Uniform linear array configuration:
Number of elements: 48
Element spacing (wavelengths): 0.5
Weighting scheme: exponential
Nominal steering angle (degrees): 0
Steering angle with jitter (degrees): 0.1719
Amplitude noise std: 0.05
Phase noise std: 0.05

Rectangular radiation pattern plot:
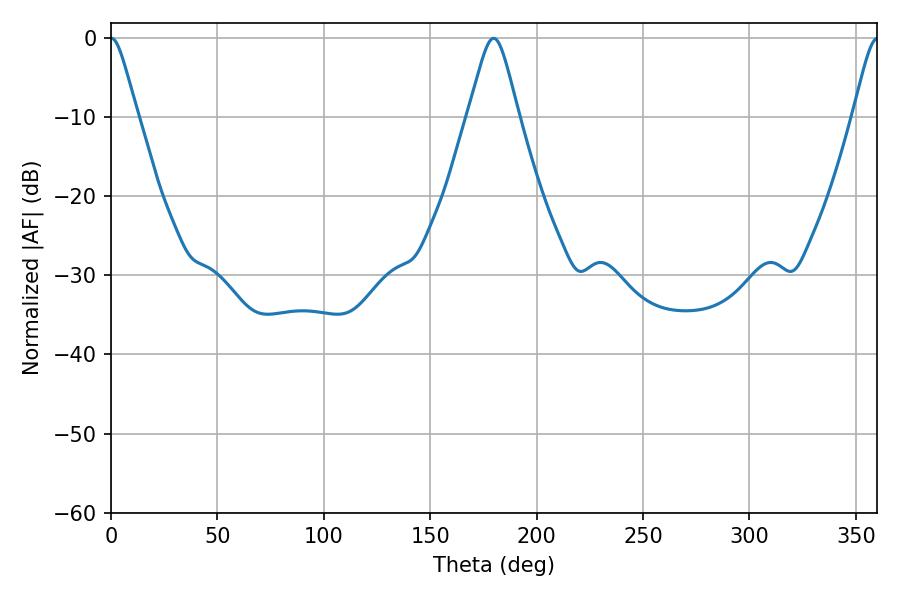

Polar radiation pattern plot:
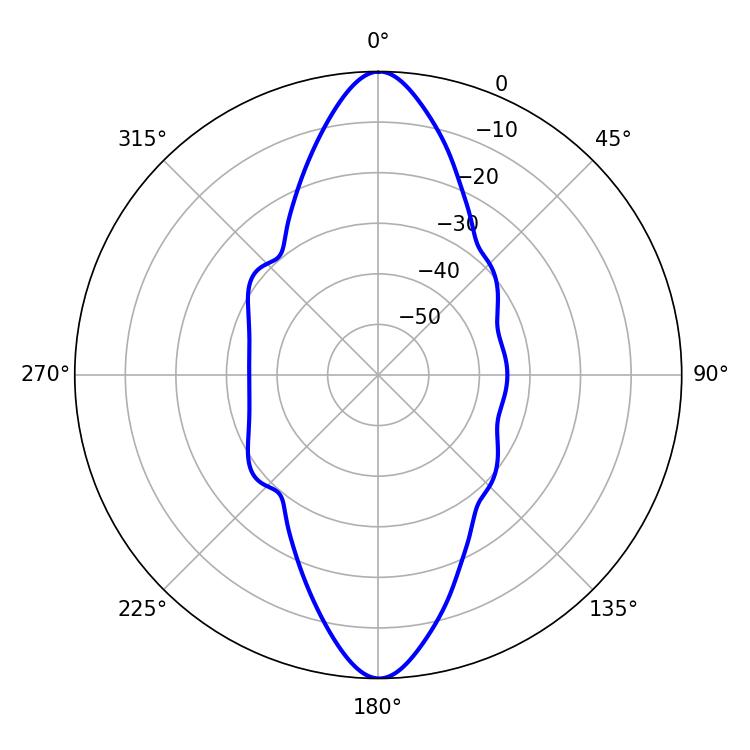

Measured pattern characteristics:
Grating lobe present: FALSE
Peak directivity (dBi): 28.305
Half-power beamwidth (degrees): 5.94
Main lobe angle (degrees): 0.18